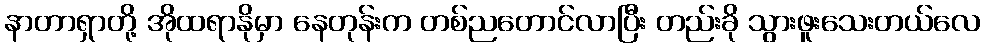
နာတာရှာတို့ အိုထရာနိုမှာ နေတုန်းက တစ်ညတောင်လာပြီး တည်းခို သွားဖူးသေးတယ်လေ